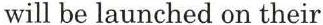
will be launched on their